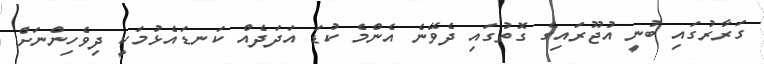
ގަރާރުގައި ބުނީ އުޖޫރައިގެ ގޮތުގައި ދެވޭނެ އެންމެ ކުޑަ އަދަދެއް ކަނޑައެޅުމަކީ ދިވެހިންނަށް